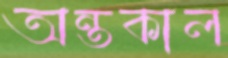
অন্তকাল